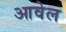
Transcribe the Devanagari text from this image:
आवेल